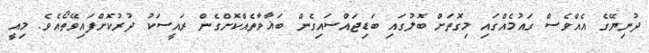
ދުނިޔޭގެ އެއްވެސް ގައުމެއްގައި މިގޮތަށް ބޮލުގައި ބަޑިޖައްސައިގެން ބަޣާވާތެއްކޮށްގެން ރައީސަކު ދުރުކޮށްފައިވޭތޯއެވެ. މިއީ